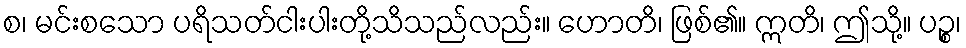
စ၊ မင်းစသော ပရိသတ်ငါးပါးတို့သိသည်လည်း။ ဟောတိ၊ ဖြစ်၏။ ဣတိ၊ ဤသို့။ ပဉ္စ၊